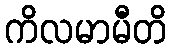
ကိလမာမီတိ